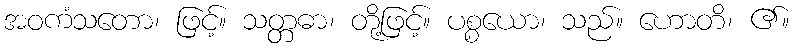
အဝကံသတော၊ ဖြင့်။ သတ္တဓာ၊ တို့ဖြင့်။ ပစ္စယော၊ သည်။ ဟောတိ၊ ၏။